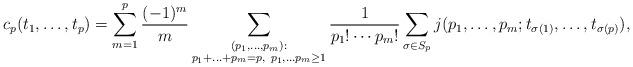
LaTeX: \begin{align*}c_p(t_1, \ldots, t_p)=\sum_{m=1}^p \frac{(-1)^{m}}{m} \*\sum_{\substack{(p_1, \ldots, p_m):\\ p_1+\ldots +p_m=p, \ p_1, \ldots p_m\geq 1}} \frac{1}{p_1!\cdots p_m!} \* \sum_{\sigma \in S_p} \* j(p_1, \ldots, p_m; t_{\sigma(1)},\ldots, t_{\sigma(p)}), \end{align*}